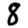
Digit: 8